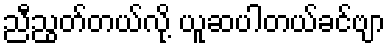
ညီညွတ်တယ်လို့ ယူဆပါတယ်ခင်ဗျာ